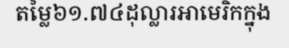
តម្លៃ៦១.៧៤ដុល្លារអាមេរិកក្នុង